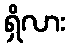
ရှိလား